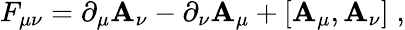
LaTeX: F_{\mu\nu}=\partial_{\mu}\mathbf{A}_{\nu}-\partial_{\nu}\mathbf{A}_{\mu}+[\mathbf{A}_{\mu},\mathbf{A}_{\nu}]\; ,